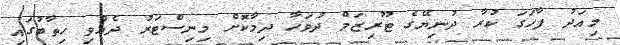
މިއަދު ފާހަގަ ކުރާ ދުނިޔޭގެ ޓޫރިޒަމް ދުވަހާ ދިމާކޮށް މިނިސްޓަރު ދެއްވި ހިތާބުގައި